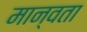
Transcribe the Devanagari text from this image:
मान्वता